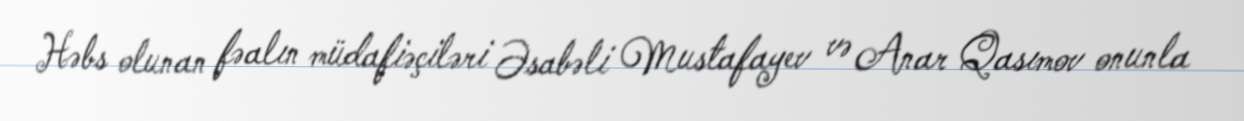
Həbs olunan fəalın müdafiəçiləri Əsabəli Mustafayev və Anar Qasımov onunla